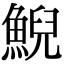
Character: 鯢